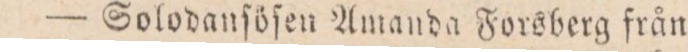
— Solodanſöſen Amanda Forsberg från